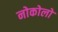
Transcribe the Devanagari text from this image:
नोकोलो